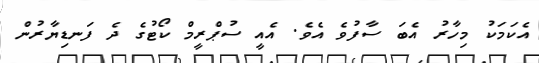
އެކަމަކު މިހާރު އެބަ ސާފުވެ އެވެ. އެއީ ސުޕްރީމް ކޯޓުގެ ދެ ފަނޑިޔާރުން